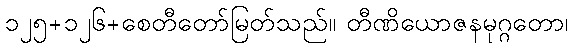
၁၂၅+၁၂၆+စေတီတော်မြတ်သည်။ တီဏိယောဇနမုဂ္ဂတော၊